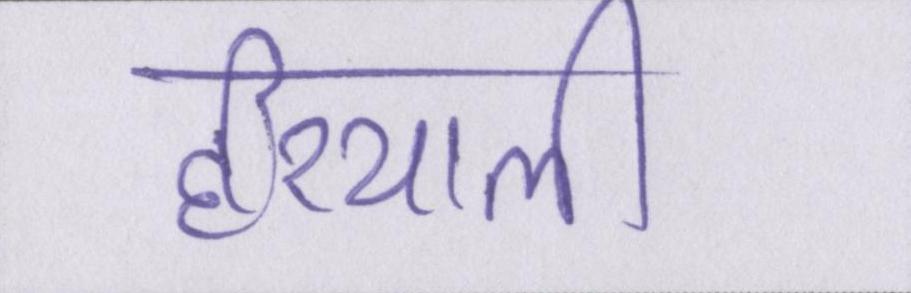
हरियाली